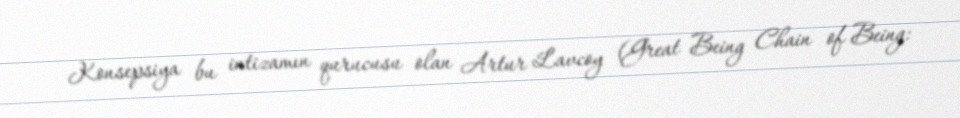
Konsepsiya bu intizamın qurucusu olan Artur Lavcoy (Great Being Chain of Being: